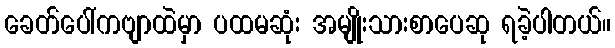
ခေတ်ပေါ်ကဗျာထဲမှာ ပထမဆုံး အမျိုးသားစာပေဆု ရခဲ့ပါတယ်။